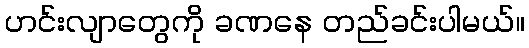
ဟင်းလျာတွေကို ခဏနေ တည်ခင်းပါမယ်။